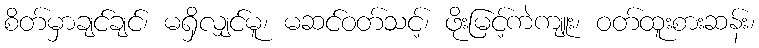
စိတ်မှာချင်ချင်၊ မရှိလျှင်မူ၊ မဆင်ဝတ်သင့်၊ ဖိုးမြင့်ကဲကျူး၊ ဝတ်ထူးစားဆန်း၊